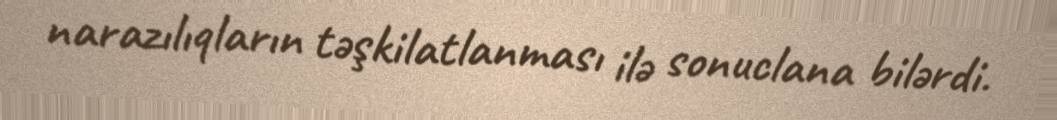
narazılıqların təşkilatlanması ilə sonuclana bilərdi.